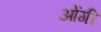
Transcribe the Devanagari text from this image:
ओंगी